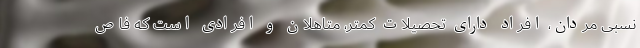
نسبی مردان، افراد دارای تحصیلات کمتر، متاهلان و افرادی است که فاص